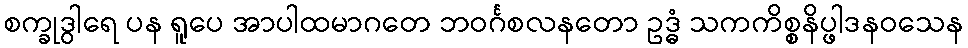
စက္ခုဒွါရေ ပန ရူပေ အာပါထမာဂတေ ဘဝင်္ဂစလနတော ဥဒ္ဓံ သကကိစ္စနိပ္ဖါဒနဝသေန